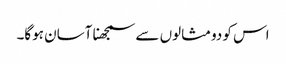
اس کو دومثالوں سے سمجھنا آسان ہوگا۔